Vaccination in Burma 1920-1933 - 1920-1933
Year: 1920
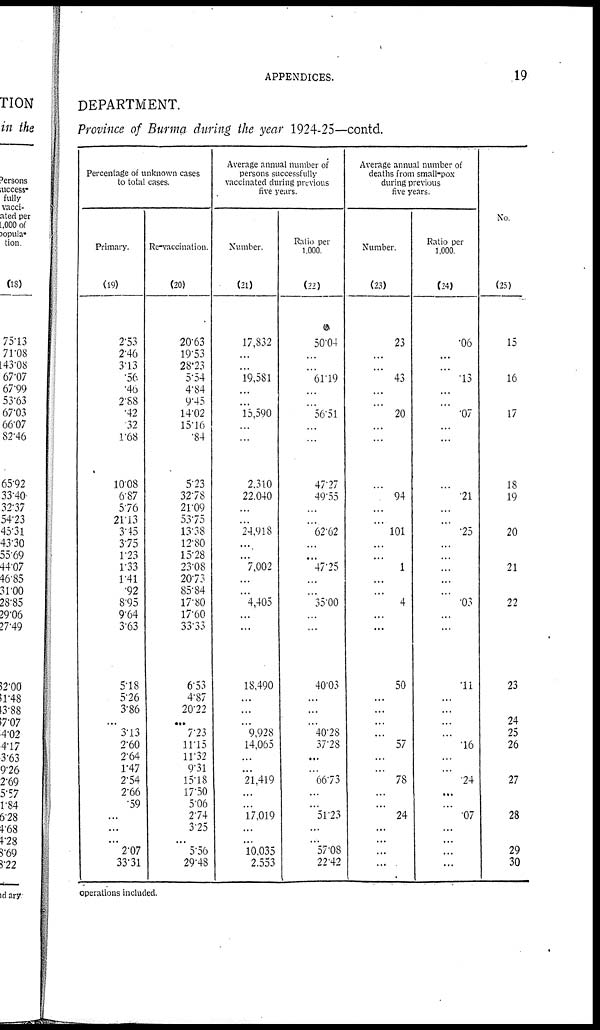
APPENDICES.
19
DEPARTMENT.
Province of Burma during the year 1924-25—contd.
Percentage of unknown cases
to total cases.
Primary.
(19)
2.53
2.46
3.13
.56
.46
2.88
.42
.32
1.68
10.08
6.87
5.76
21.13
3.45
3.75
1.23
1.33
1.41
.92
8.95
9.64
3.63
5.18
5.26
3.86
... 3.13
2.60
2.64
1.47
2.54
2.66
.59
...
...
207
33.31
Re-vaccination.
(20)
20.63
19.53
28.23
5.54
4.84
9.45
14.02
15.16
.84
5.23
32.78
21.09
53.75
13.38
12.80
15.28
23.08
20.73
85.84
17.80
17.60
33.33
6.53
4.87
20.22
... 7.23
11.15
11.32
9.31
15.18
17.50
5.06
2.74
3.25
5.56
29.48
Average annual number of
persons successfully
vaccinated during previous
five years.
Number.
(21)
17,832
...
...
19,581
...
...
15,590
...
...
2,310
22,040
...
...
24,918
...
...
7,002
...
...
4,405
...
...
18,490
...
...
...
9,928
14,065
...
...
21,419
...
...
17,019
...
10,035
2,553
Ratio per
1,000.
(22)
50.04
...
...
61.19
...
...
56.51
...
...
47.27
49.55
...
...
62.62
...
...
47.25
...
...
35.00
...
...
40.03
...
...
...
40.28
37.28
...
...
66.73
...
...
51.23
...
57.08
22.42
Average annual number of
deaths from small-pox
during previous
five years.
Number.
(23)
23
...
...
43
...
...
20
...
...
...
94
...
...
101
...
...
1
...
...
4
...
...
50
...
...
...
...
57
...
...
78
...
...
24
...
...
...
Ratio per
1,000.
(24)
.06
...
...
.13
...
...
.07
...
...
...
.21
...
...
.25
...
...
...
...
...
.03
...
...
.11
...
...
...
...
.16
...
...
.24
...
...
.07
...
...
...
No.
(25)
15
16
17
18
19
20
21
22
23
24
25
26
27
28
29
30
operations included.